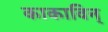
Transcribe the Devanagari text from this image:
काकाविन्